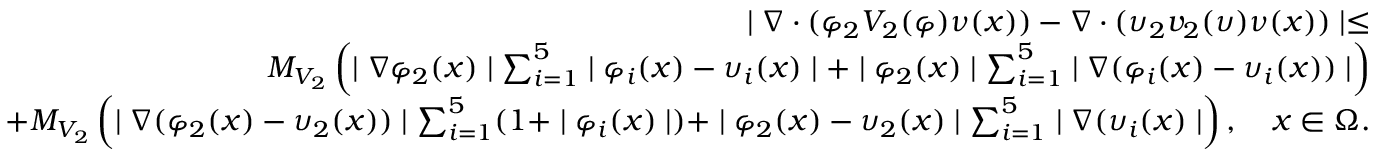
\begin{array} { r l r } & { } & { \mid \nabla \cdot ( \varphi _ { 2 } V _ { 2 } ( \varphi ) \nu ( x ) ) - \nabla \cdot ( \upsilon _ { 2 } v _ { 2 } ( \upsilon ) \nu ( x ) ) \mid \leq } \\ & { } & { M _ { V _ { 2 } } \left( \mid \nabla \varphi _ { 2 } ( x ) \mid \sum _ { i = 1 } ^ { 5 } \mid \varphi _ { i } ( x ) - \upsilon _ { i } ( x ) \mid + \mid \varphi _ { 2 } ( x ) \mid \sum _ { i = 1 } ^ { 5 } \mid \nabla ( \varphi _ { i } ( x ) - \upsilon _ { i } ( x ) ) \mid \right) } \\ & { } & { + M _ { V _ { 2 } } \left( \mid \nabla ( \varphi _ { 2 } ( x ) - \upsilon _ { 2 } ( x ) ) \mid \sum _ { i = 1 } ^ { 5 } ( 1 + \mid \varphi _ { i } ( x ) \mid ) + \mid \varphi _ { 2 } ( x ) - \upsilon _ { 2 } ( x ) \mid \sum _ { i = 1 } ^ { 5 } \mid \nabla ( \upsilon _ { i } ( x ) \mid \right) , \quad x \in \Omega . } \end{array}